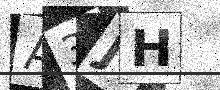
Text: A3JH